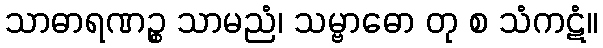
သာဓာရဏဉ္စ သာမညံ၊ သမ္ဗာဓော တု စ သံကဋံ။